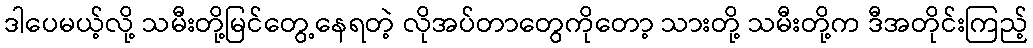
ဒါပေမယ့်လို့ သမီးတို့မြင်တွေ့နေရတဲ့ လိုအပ်တာတွေကိုတော့ သားတို့ သမီးတို့က ဒီအတိုင်းကြည့်